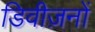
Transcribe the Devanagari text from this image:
डिवीज़नों